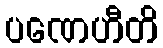
ပဏေဟီတိ